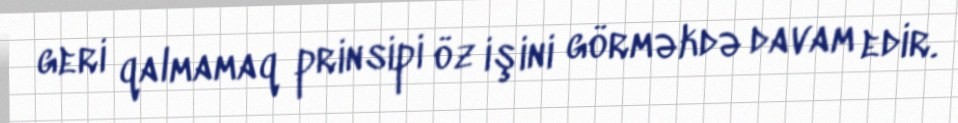
geri qalmamaq prinsipi öz işini görməkdə davam edir.